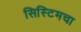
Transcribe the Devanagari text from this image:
सिस्टिमचा